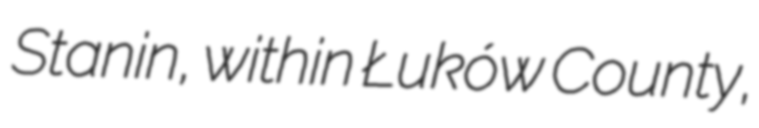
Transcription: Stanin, within Łuków County,